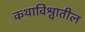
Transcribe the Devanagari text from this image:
कथाविश्वातील